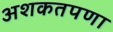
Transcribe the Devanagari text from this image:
अशकतपणा